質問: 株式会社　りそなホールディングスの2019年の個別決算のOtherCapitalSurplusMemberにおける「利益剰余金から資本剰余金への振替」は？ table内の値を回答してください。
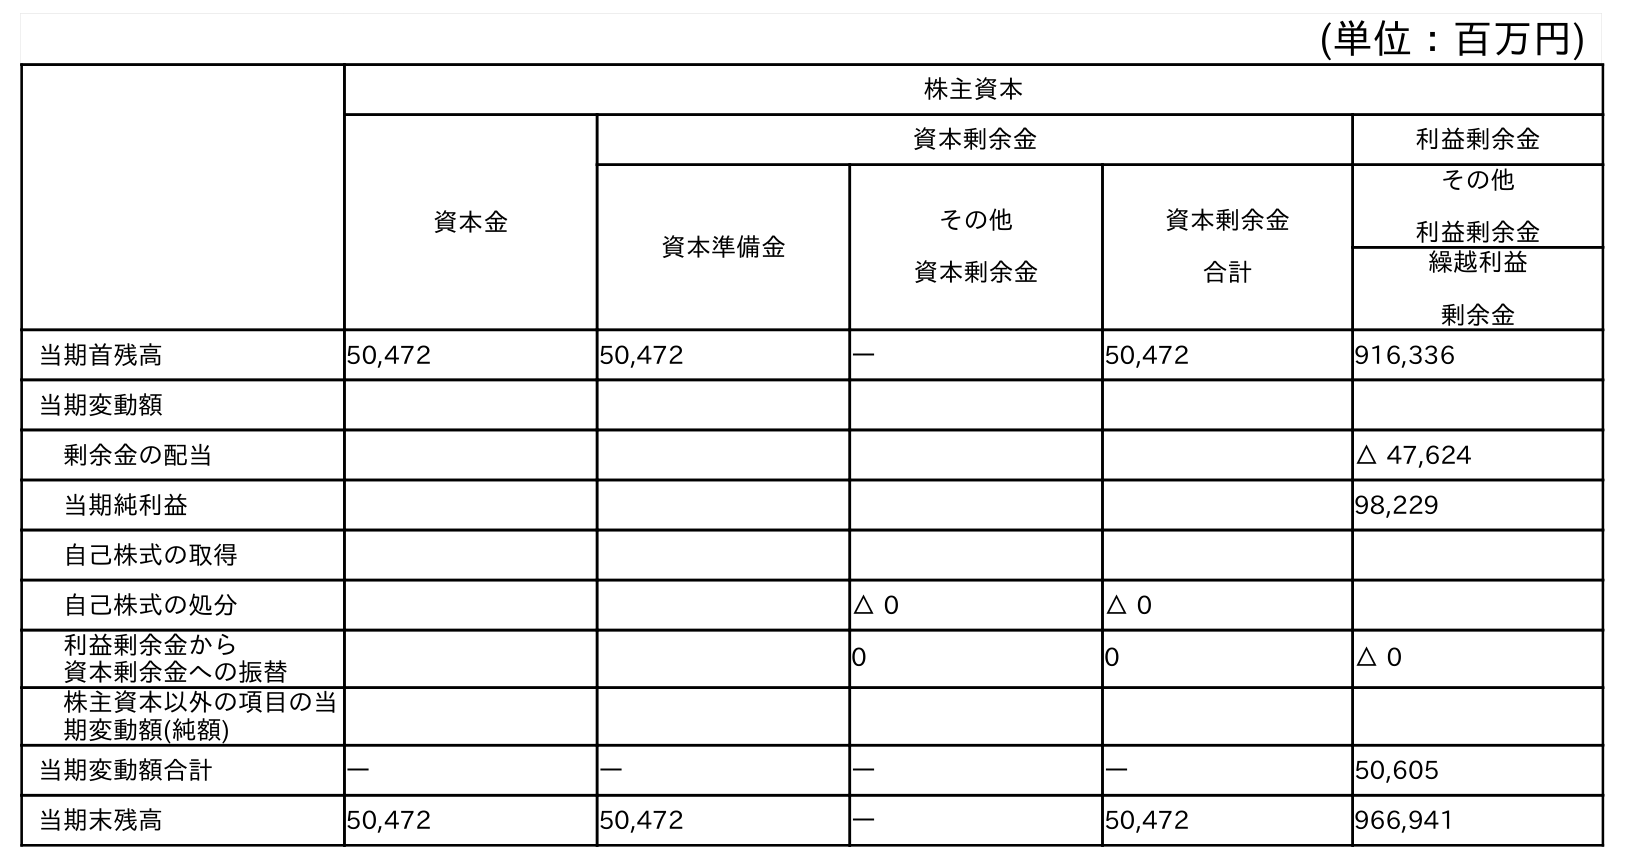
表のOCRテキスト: (単位：百万円) 株主資本 資本金 資本剰余金 利益剰余金 資本準備金 その他 資本剰余金 資本剰余金 合計 その他 利益剰余金 繰越利益 剰余金 当期首残高 50,472 50,472 ― 50,472 916,336 当期変動額 剰余金の配当 △ 47,624 当期純利益 98,229 自己株式の取得 自己株式の処分 △ 0 △ 0 利益剰余金から 資本剰余金への振替 0 0 △ 0 株主資本以外の項目の当 期変動額(純額) 当期変動額合計 ― ― ― ― 50,605 当期末残高 50,472 50,472 ― 50,472 966,941
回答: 0